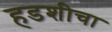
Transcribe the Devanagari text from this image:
हडशीचा